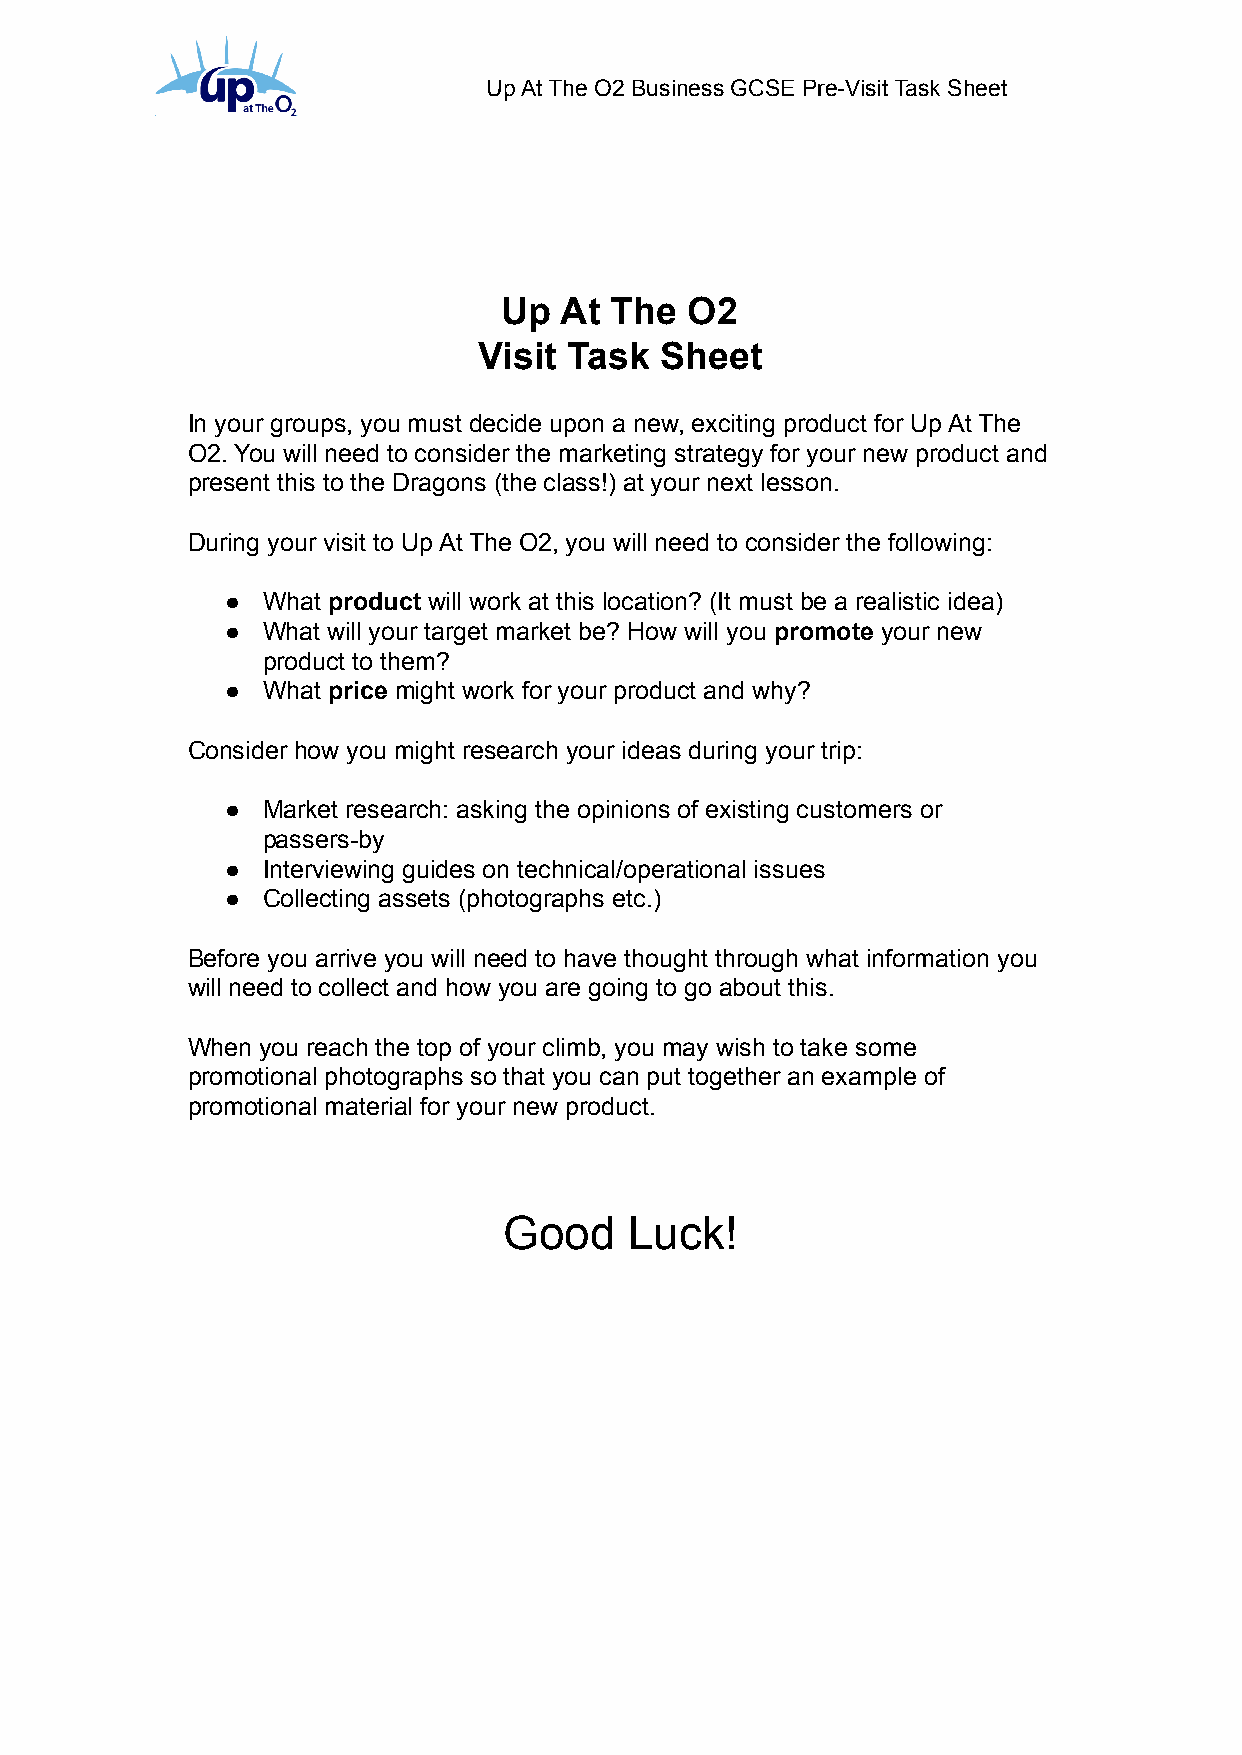
Up At The O2 Business GCSE Pre-Visit Task Sheet
 Up  At The   O2
 Visit Task  Sheet
 In your groups, you must decide upon a new, exciting product for Up At The
 O2. You will need to consider the marketing strategy for your new product and
 present this to the Dragons (the class!) at your next lesson.
 During your visit to Up At The O2, you will need to consider the following:
 ● What product will work at this location? (It must be a realistic idea)
 ● What will your target market be? How will you promote your new
 product to them?
 ● What price might work for your product and why?
 Consider how you might research your ideas during your trip:
 ● Market research: asking the opinions of existing customers or
 passers-by
 ● Interviewing guides on technical/operational issues
 ● Collecting assets (photographs etc.)
 Before you arrive you will need to have thought through what information you
 will need to collect and how you are going to go about this.
 When you reach the top of your climb, you may wish to take some
 promotional photographs so that you can put together an example of
 promotional material for your new product.
 Good     Luck!